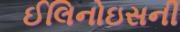
ઈલિનોઇસની